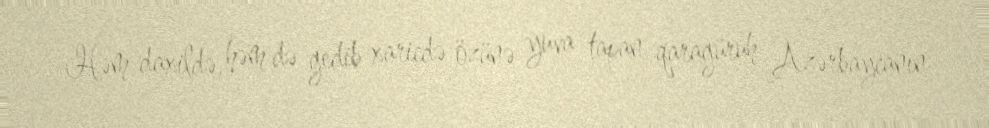
Həm daxildə, həm də gedib xaricdə özünə yuva tapan qaragüruh Azərbaycanın